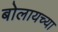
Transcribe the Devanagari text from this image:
बोलायच्या